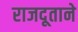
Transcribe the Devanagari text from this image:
राजदूताने